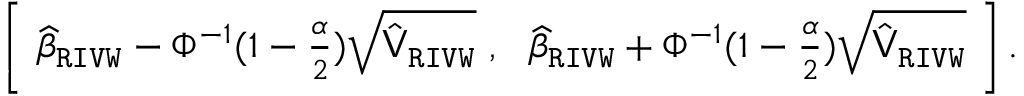
\begin{array} { r } { \left[ \ \widehat { \beta } _ { \mathtt { R I V W } } - \Phi ^ { - 1 } ( 1 - \frac { \alpha } { 2 } ) \sqrt { \hat { \mathsf { V } } _ { \mathtt { R I V W } } } \ , \ \ \widehat { \beta } _ { \mathtt { R I V W } } + \Phi ^ { - 1 } ( 1 - \frac { \alpha } { 2 } ) \sqrt { \hat { \mathsf { V } } _ { \mathtt { R I V W } } } \ \right] . } \end{array}